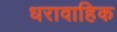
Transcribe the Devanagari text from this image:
धरावाहिक